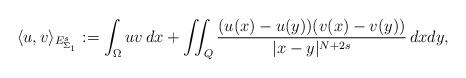
LaTeX: \begin{align*}\langle u,v\rangle_{E_{\Sigma_1}^s}:=\int_\Omega uv\,dx+\iint_Q\frac{(u(x)-u(y))(v(x)-v(y))}{|x-y|^{N+2s}}\,dxdy,\end{align*}